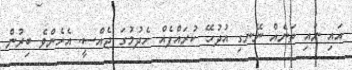
އައި ނައި ތަނެއް ނޭނގި އުދުހޭ ކުރައްޕެއް ހެދުމުގަ ޖެއްސީ. އެހެންވެ ބިރުން